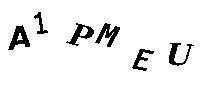
A1PMEU